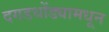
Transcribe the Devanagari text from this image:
दगडधोंड्यामधून